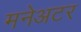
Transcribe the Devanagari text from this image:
मनेअटर